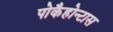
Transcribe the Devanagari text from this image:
पोकैहोन्टास